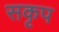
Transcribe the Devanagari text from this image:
सकृप